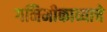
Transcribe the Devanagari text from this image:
गनिमीकाव्याचे